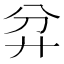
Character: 弅